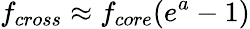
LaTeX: f_{cross}\approx f_{core}(e^{a}-1)